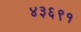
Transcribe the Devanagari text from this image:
४३६९१